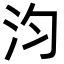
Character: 汮